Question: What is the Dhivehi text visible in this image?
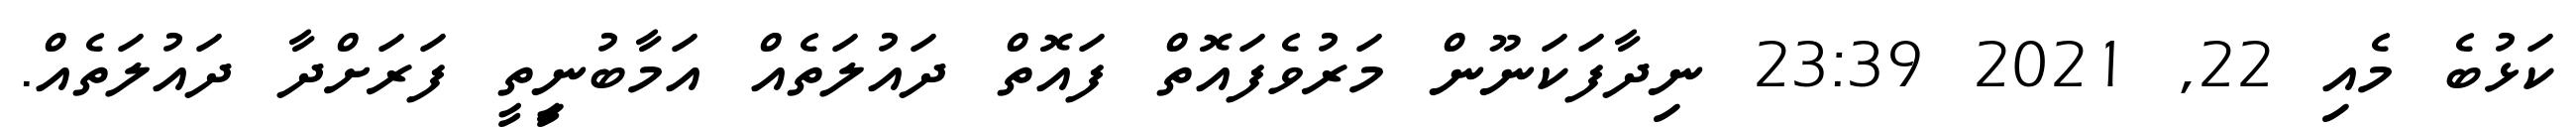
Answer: ކަޅުބެ މެއި 22, 2021 23:39 ނިދާފަކަނޫން މަރުވެފައޮތް ފައޮތް ދައުލަތެއް އަމާބުނީިތީ ފަރަށްދާ ދައުލަތެއް.